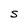
Character: S